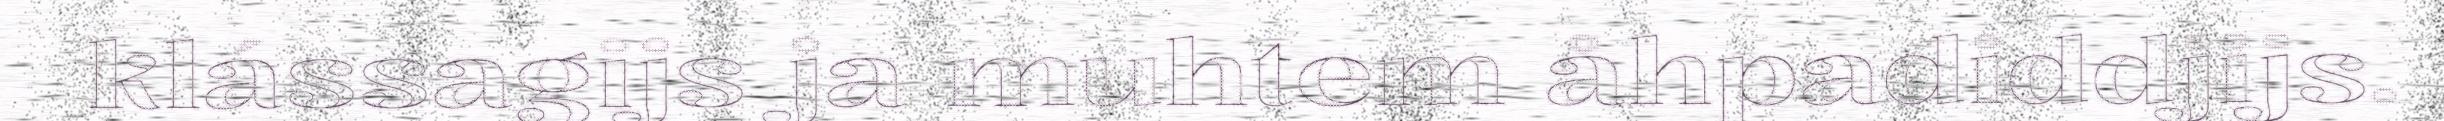
klássagijs ja muhtem åhpadiddjijs.